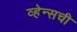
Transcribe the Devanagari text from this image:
व्हेन्सची